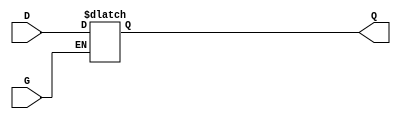
module level_sensitive_gated_latch (
    input wire D,      // Data input
    input wire G,      // Gate control input
    output reg Q       // Data output
);

// Always block to capture the behavior of the gated latch
always @(*) begin
    if (G) begin
        Q = D; // When G is high, pass the data from D to Q
    end
    // When G is low, Q retains its previous value (hold mode)
end

endmodule